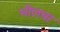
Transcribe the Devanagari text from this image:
भीलचा